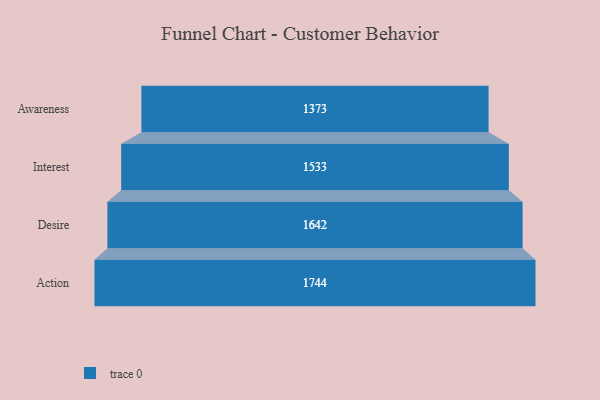
{"axis": {"x": "Stage", "y": "Value"}, "legend": [""], "data": [{"x": "Awareness", "y": 1373.0, "type": ""}, {"x": "Interest", "y": 1533.0, "type": ""}, {"x": "Desire", "y": 1642.0, "type": ""}, {"x": "Action", "y": 1744.0, "type": ""}]}